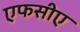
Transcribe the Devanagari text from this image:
एफसीए